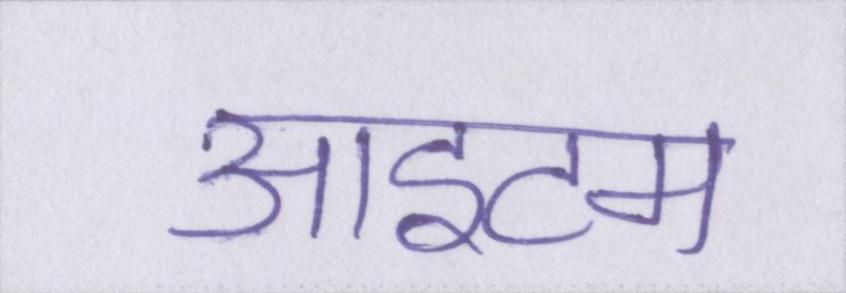
आइटम